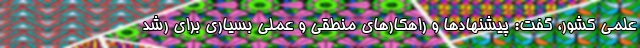
علمی کشور، گفت: پیشنهادها و راهکارهای منطقی و عملی بسیاری برای رشد